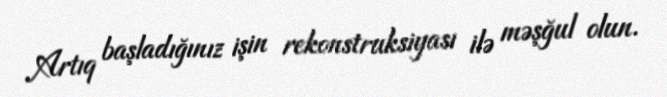
Artıq başladığınız işin rekonstruksiyası ilə məşğul olun.